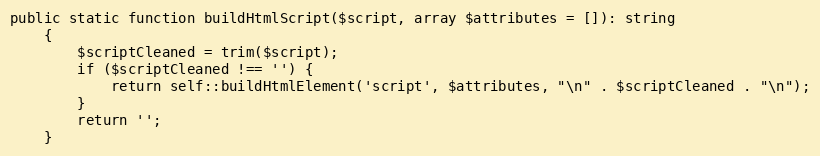
Language: PHP
public static function buildHtmlScript($script, array $attributes = []): string
    {
        $scriptCleaned = trim($script);
        if ($scriptCleaned !== '') {
            return self::buildHtmlElement('script', $attributes, "\n" . $scriptCleaned . "\n");
        }
        return '';
    }